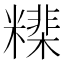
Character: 𥼠